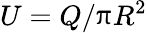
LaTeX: U=Q/\uppi R^{2}